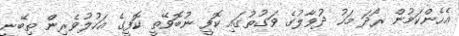
އެހެންކަމުން ރޯދަ މަހު ދުވާލުގެ ވަގުތުގައި ކޮފީ ނުބޮވޭތީ ކޮފީގެ އަހުލުވެރިން ތިބޭނީ